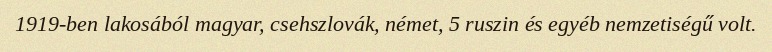
1919-ben lakosából magyar, csehszlovák, német, 5 ruszin és egyéb nemzetiségű volt.